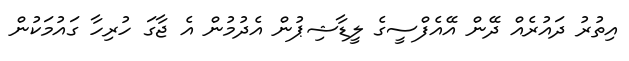
އިތުރު ދައުރެއް ދޭން އޭއެފްސީގެ ލީޑާޝިޕުން އެދުމުން އެ ޖާގަ ހުރިހާ ގައުމަކުން